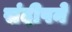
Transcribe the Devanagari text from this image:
संदीपने